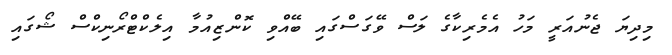
މިދިޔަ ޖެނުއަރީ މަހު އެމެރިކާގެ ލަސް ވޭގަސްގައި ބޭއްވި ކޮންޒިއުމާ އިލެކްޓްރޯނިކްސް ޝޯގައި